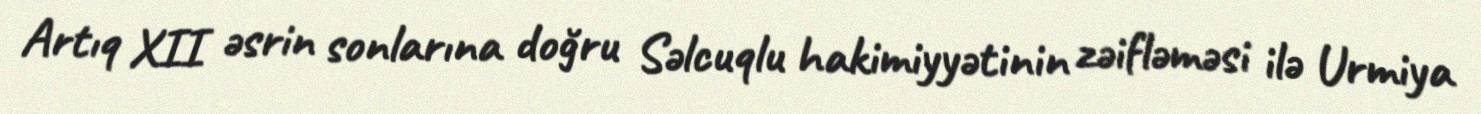
Artıq XII əsrin sonlarına doğru Səlcuqlu hakimiyyətinin zəifləməsi ilə Urmiya